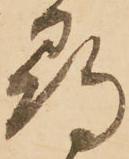
尋